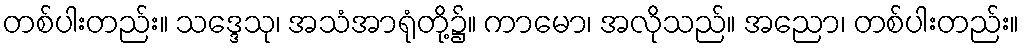
တစ်ပါးတည်း။ သဒ္ဒေသု၊ အသံအာရုံတို့၌။ ကာမော၊ အလိုသည်။ အညော၊ တစ်ပါးတည်း။